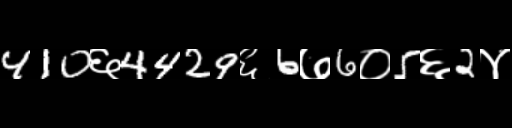
Text: 410६4429६6७6०5६2४